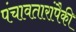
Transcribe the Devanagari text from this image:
पंचावतारांपैकी